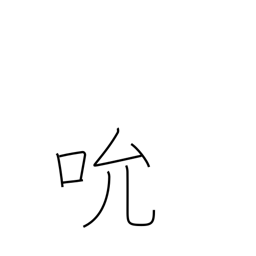
Meaning: suck